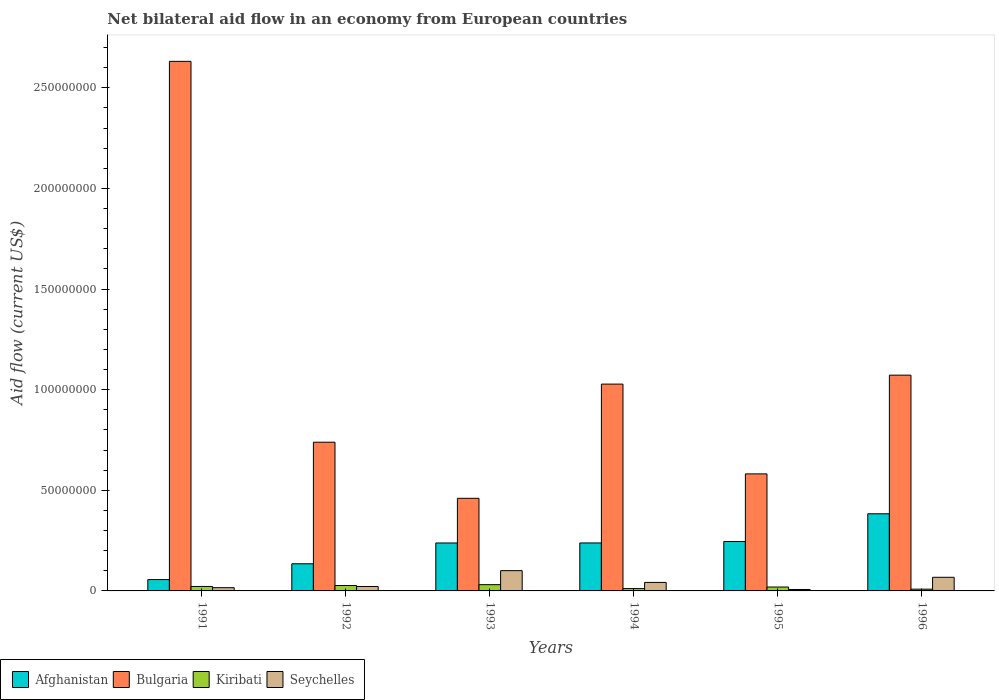
| Years | Afghanistan | Bulgaria | Kiribati | Seychelles |
 | --- | --- | --- | --- | --- |
 | 1991 | 5.64e+06 | 2.63e+08 | 2.22e+06 | 1.61e+06 |
 | 1992 | 1.35e+07 | 7.39e+07 | 2.69e+06 | 2.19e+06 |
 | 1993 | 2.38e+07 | 4.6e+07 | 3.11e+06 | 1.01e+07 |
 | 1994 | 2.38e+07 | 1.03e+08 | 1.16e+06 | 4.23e+06 |
 | 1995 | 2.46e+07 | 5.82e+07 | 1.94e+06 | 7.1e+05 |
 | 1996 | 3.83e+07 | 1.07e+08 | 8.7e+05 | 6.77e+06 |